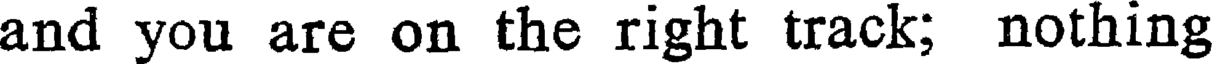
and you are on the right track; nothing